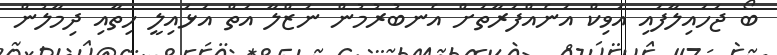
ބޯ ޖަހައިލާފައި އަވިކް އަނެއްފަރާތަށް އެނބުރުމުން ނަޒްލާ އަތް އަޅައިލީ ހިތާއި ދިމާލުން